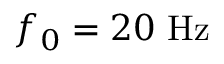
f _ { 0 } = 2 0 \ \mathrm { H z }